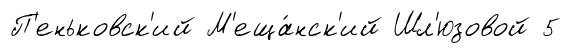
П'еньковск'ий М'еща́нск'ий Шл'юзовой 5